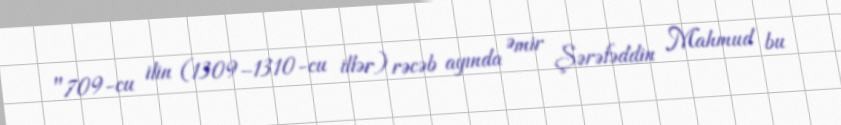
"709-cu ilin (1309–1310-cu illər) rəcəb ayında Əmir Şərəfəddin Mahmud bu